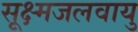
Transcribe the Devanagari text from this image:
सूक्ष्मजलवायु